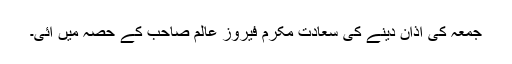
جمعہ کی اذان دینے کی سعادت مکرم فیروز عالم صاحب کے حصہ میں آئی۔